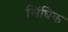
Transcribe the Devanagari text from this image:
सिंघिक